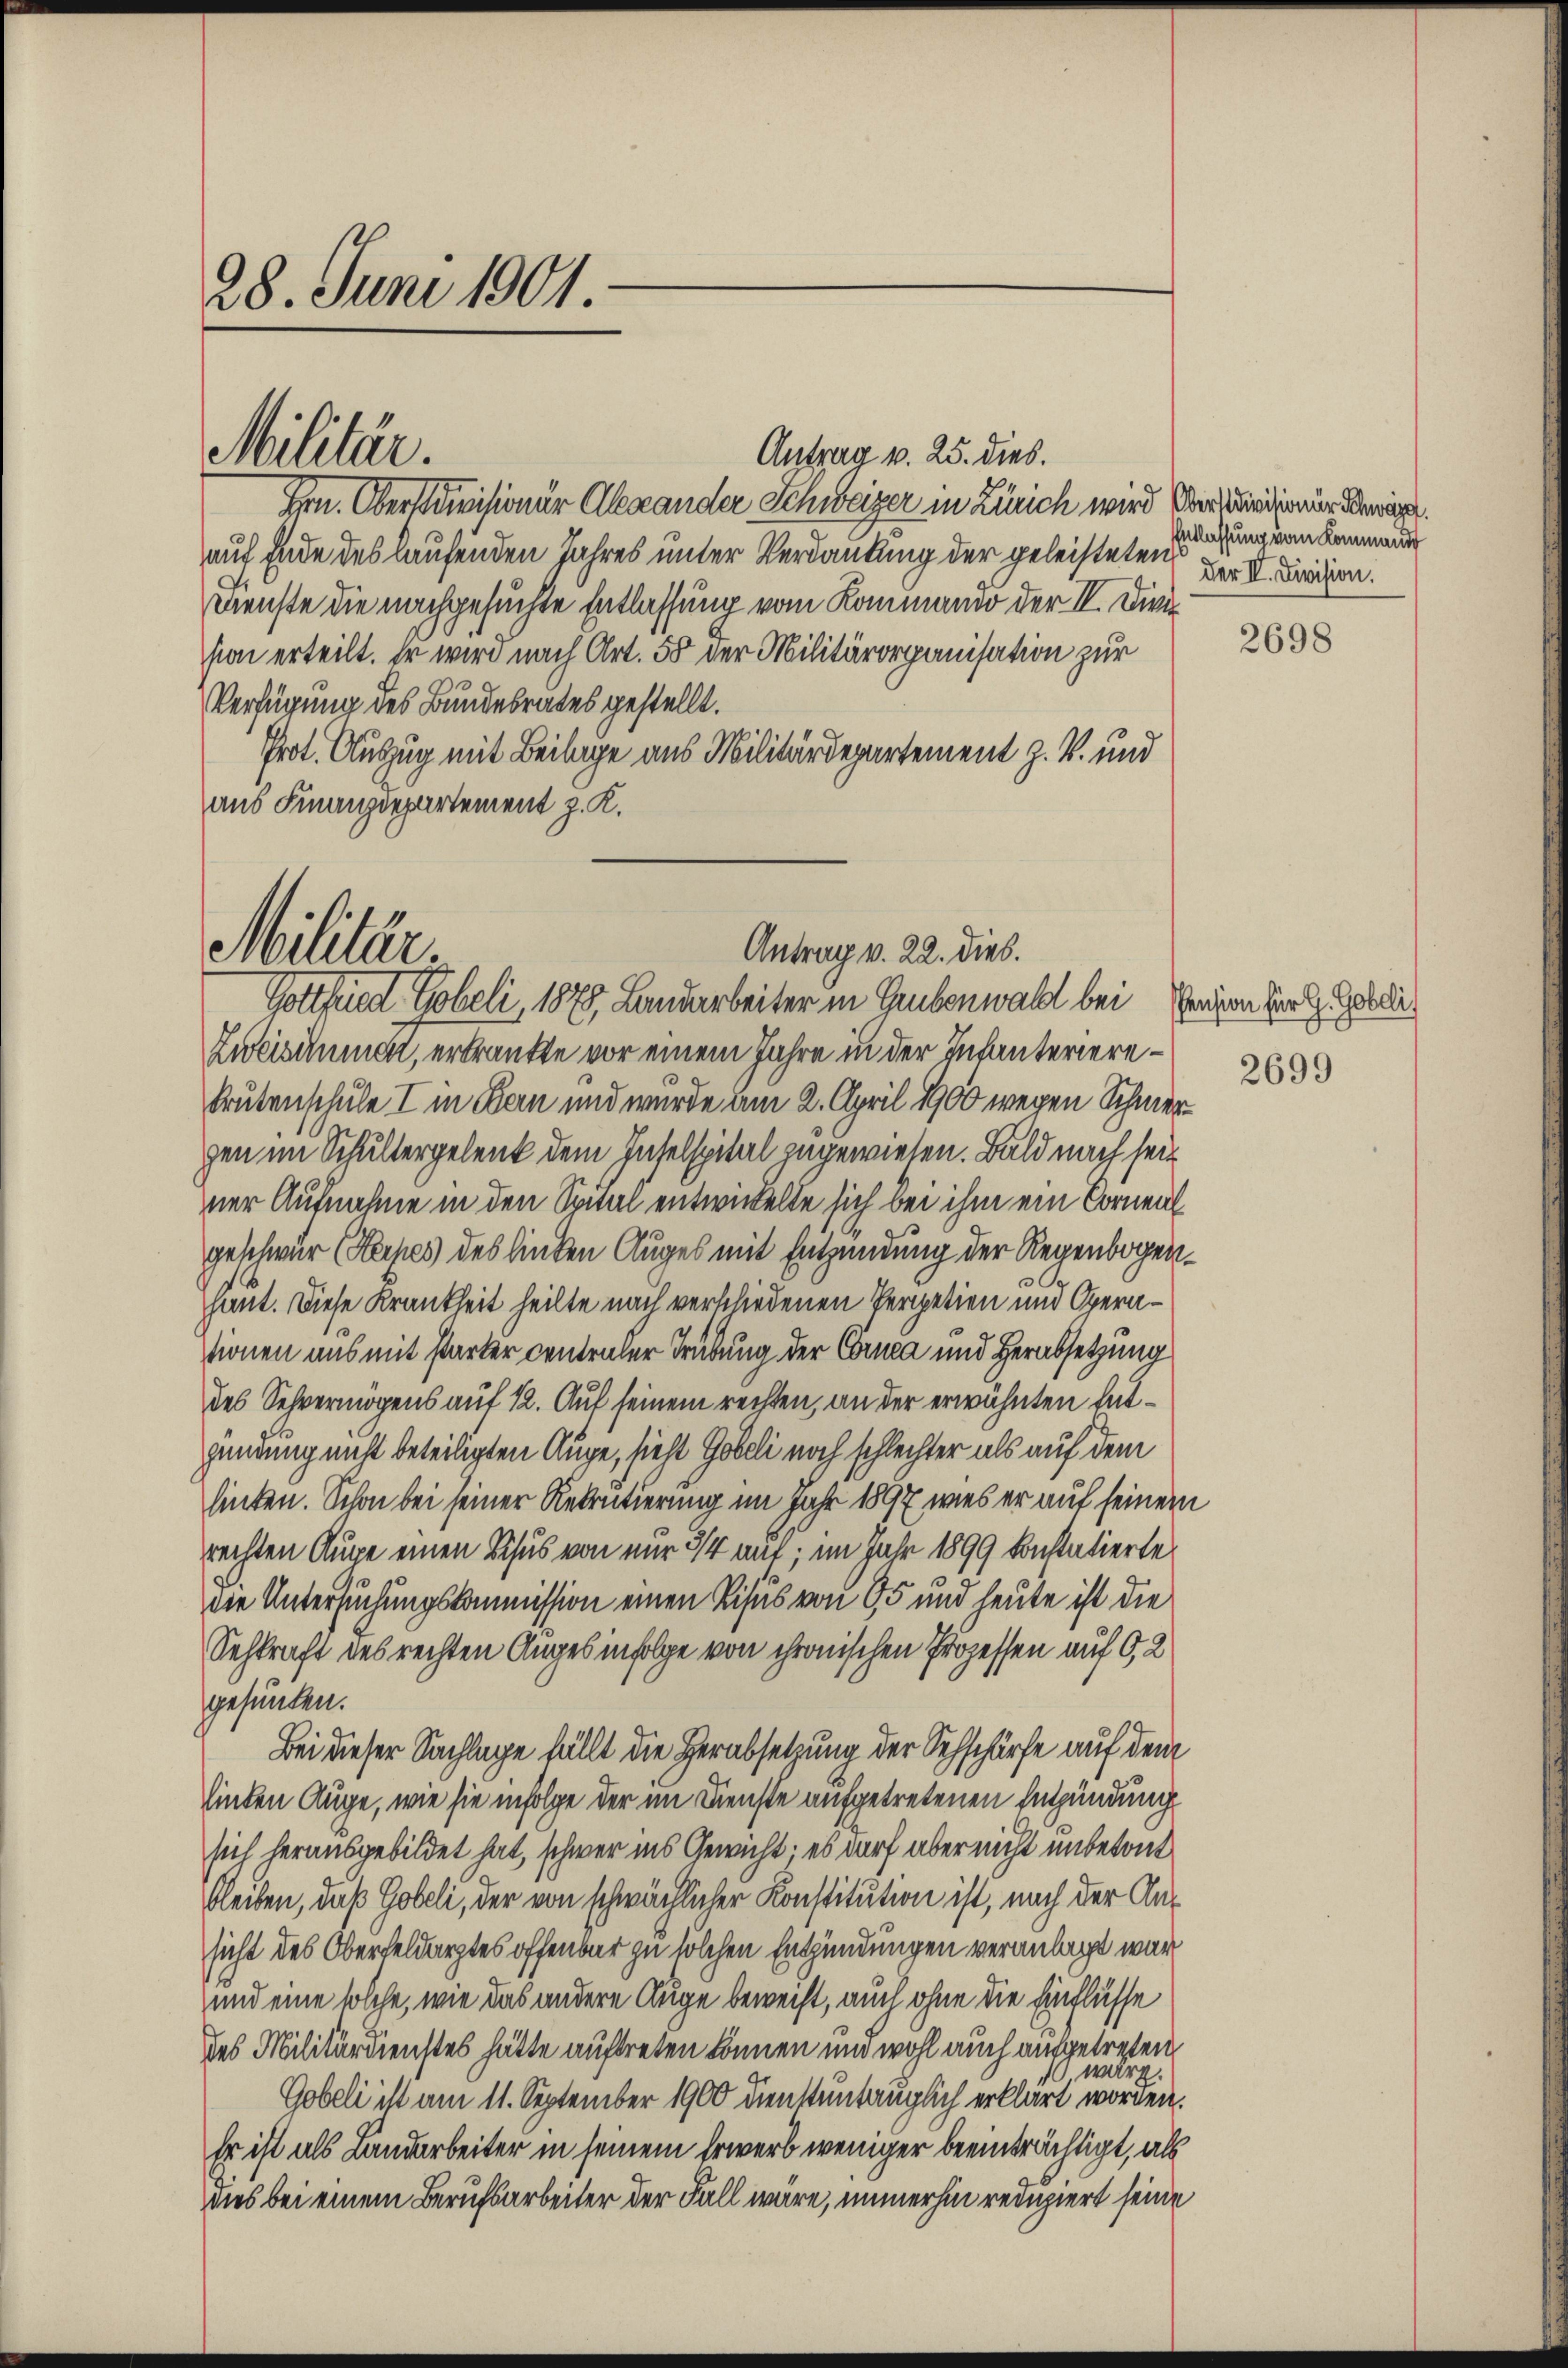
28. Juni 1901

Antrag v. 25. dies.
Hrn. Oberstanisionär Alexander Schweizer in Zürich wird Anländen der eige
auf Ende des laufenden Jahres unter Verdankung der geleisteten Der II. Division.
Dienste die nachgesuchte Entlassung vom Kommando der IV. Dien
sion erteilt. Er wird nach Art. 55 der Militärorganisation zur
Verfügung des Bundesrates gestellt.
Prot. Auszug mit Beilage aus Militärdepartement z. B. und
aus Finanzdepartement z. K.

Militär.

Militär.
Antrag v. 22. dies.
Gottfried Tobeli 1879 Landarbeiter in Grubenwalt bei Pension der l. Golda

Entlassung vom Kommand

Zweisimmer, erkrankte vor einem Jahre in der Infanterierekrutenschule I in Kan und wurde am 2. April 1900 wegen Schmergen im Schultergelent dem Intelspital zugewiesen. Bald nach seit
ner Aufnahme in den Spital entwickelte sich bei ihm ein Cornenl
geschwur (Reipes des linken Auges mit Entzündung der Regenbogen.
haut. Diese Krankheit heilte nach verschiedenen Verpetien und Operationen aus mit starker cententer Trübung der Cornea und Herabsetzung
des Sehvermögens auf 12. Auf seinem rechten, an der erwähnten Entgündung nicht beteiligten Auge, sieht Göbeli noch schlechter als auf dem
linten. Schon bei seiner Rekrutierung im Jahr 1897 wies er auf seinem
rechten Auge einen Schus von nur 3/4 auf; im Jahr 1899 konstatierte
die Untersuchungskommission einen Visus von 95 und heute ist die
Sehkraft des rechten Auges infolge von chronischen Prozessen auf 0,2
gesunden.
Bei dieser Sachlage fällt die Herabsetzung der Sechschärfe auf dem
linden Auge, wie sie infolge der im Dienste aufgetretenen Entzündung
sich herausgebildet hat, schwer ins Gewicht: es darf aber nicht unbetont
bleiben, daß Gobeli, der von schwächlicher Konstitution ist, nach der Ansicht des Oberfeldarztes offenbar zu solchen Entzündungen veranlagt war
und eine solche, wie das andere Auge berecht, auch ohne die Einflusse
des Militärdienstes hätte auftreten können und wohl auch aufgetreten
 wäre.
Gobeli ist am 11. September 1900 dienstuntauglich erklärt worden.
Er ist als Landarbeiter in seinem Erwerb weniger beeinträchtigt, als
dies bei einem Berufsarbeiter der Fall wäre, immerhin reduziert seine

2698

2699